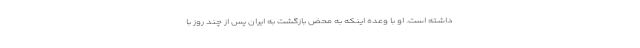
داشته است. او با وعده اینکه به محض بازگشت به ایران پس از چند روز با